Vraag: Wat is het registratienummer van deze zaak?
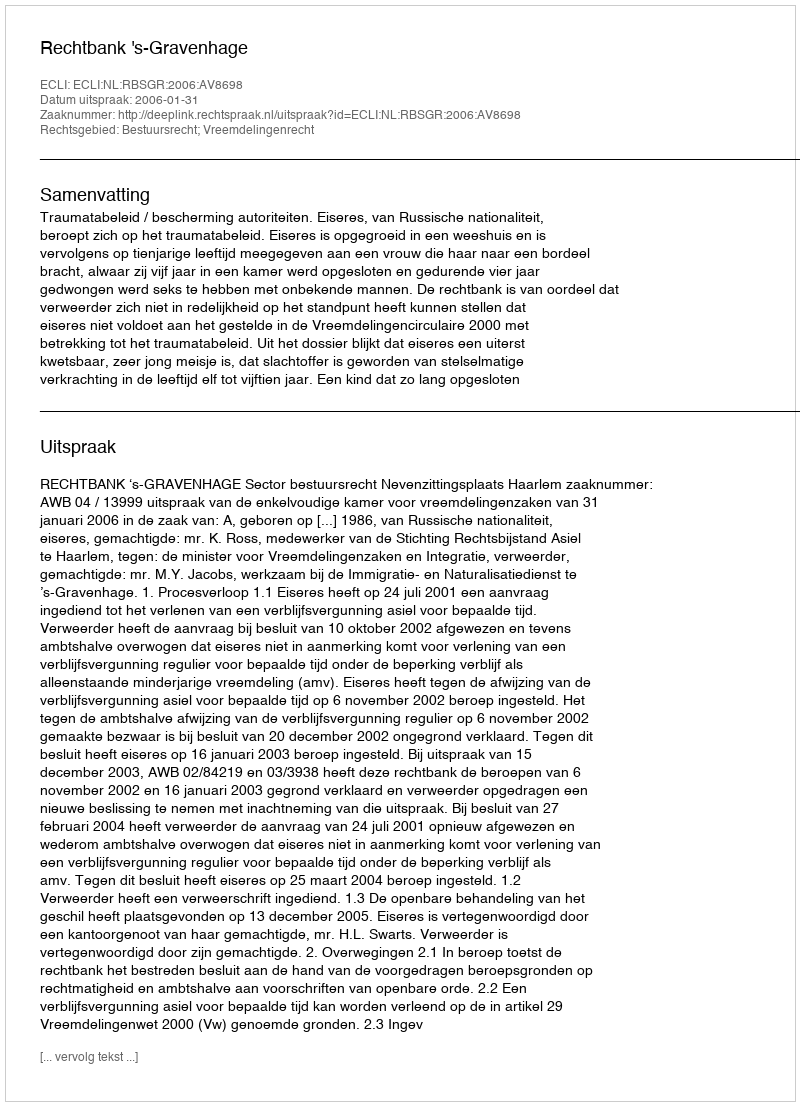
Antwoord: http://deeplink.rechtspraak.nl/uitspraak?id=ECLI:NL:RBSGR:2006:AV8698